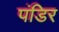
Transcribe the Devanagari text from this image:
पंडिर